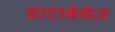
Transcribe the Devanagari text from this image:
डाटाबेसेज़